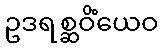
ဥဒရစ္ဆဝိံယေဝ